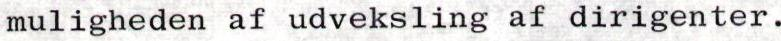
muligheden af udveksling af dirigenter.